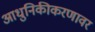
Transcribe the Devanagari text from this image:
आधुनिकीकरणावर